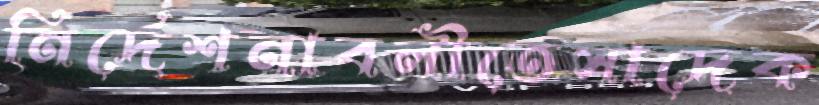
নির্দেশনাবলীতেসাদেক